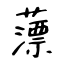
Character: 薸